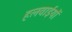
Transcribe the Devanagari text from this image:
हलवाईयों